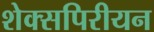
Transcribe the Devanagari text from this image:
शेक्सपिरीयन